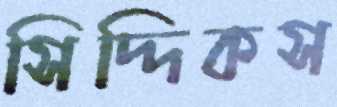
সিদ্দিকস